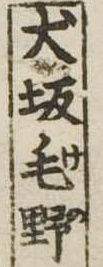
犬坂毛野